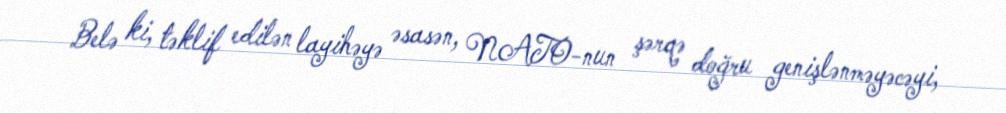
Belə ki, təklif edilən layihəyə əsasən, NATO-nun şərqə doğru genişlənməyəcəyi,